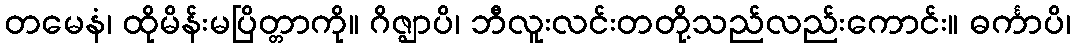
တမေနံ၊ ထိုမိန်းမပြိတ္တာကို။ ဂိဇ္ဈာပိ၊ ဘီလူးလင်းတတို့သည်လည်းကောင်း။ ဓင်္ကာပိ၊